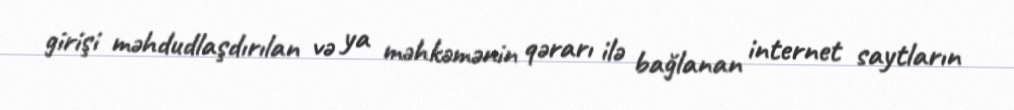
girişi məhdudlaşdırılan və ya məhkəmənin qərarı ilə bağlanan internet saytların